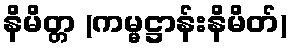
နိမိတ္တ (ကမ္မဋ္ဌာန်းနိမိတ်)